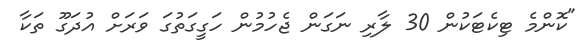
"ކޮންމެ ޓިކެޓަކުން 30 ލާރި ނަގަން ޖެހުމުން ހަގީގަތުގަ ވަރަށް އުދަގޫ ތަކާ